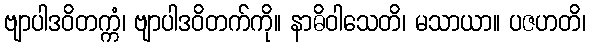
ဗျာပါဒဝိတက္ကံ၊ ဗျာပါဒဝိတက်ကို။ နာဓိဝါသေတိ၊ မသာယာ။ ပဇဟတိ၊